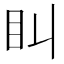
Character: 𥃧